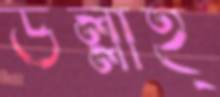
উল্লাহ্